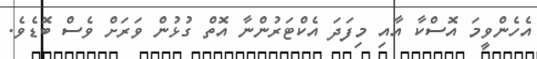
އެހެންވީމަ އޮސްކާ އާއި މިފަދަ އެކްޓަރުންނާ އޮތް ގުޅުން ވަރަށް ވެސް ބޮޑެވެ.